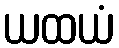
ယထယံ